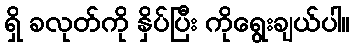
ရှိ ခလုတ်ကို နှိပ်ပြီး ကိုရွေးချယ်ပါ။